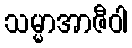
သမ္မာအာဇီဝါ